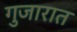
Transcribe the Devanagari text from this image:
गुजारात